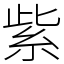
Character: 紫